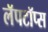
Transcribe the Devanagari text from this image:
लॅपटॉप्स